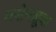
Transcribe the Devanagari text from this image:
मसेनब्रूक